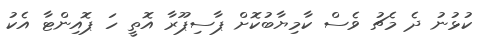
ކުޅުނު ދެ މެޗު ވެސް ކާމިޔާބުކޮށް ޕާސިޕޫރާ އޮތީ ހަ ޕޮއިންޓާ އެކު